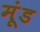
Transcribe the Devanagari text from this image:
मूंड